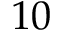
1 0